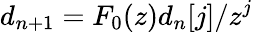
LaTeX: d_{n+1}=F_{0}(z)d_{n}[j]/z^{j}